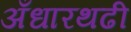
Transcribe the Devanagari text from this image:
अँधारथढी